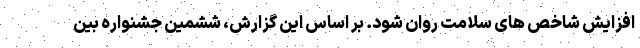
افزایش شاخص های سلامت روان شود. بر اساس این گزارش، ششمین جشنواره بین